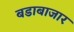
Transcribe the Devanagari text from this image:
बडाबाजार